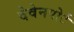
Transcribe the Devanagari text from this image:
देवेनपोर्ट